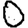
Digit: 0